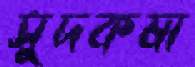
সুদকষা